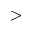
>